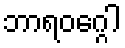
ဘာရဝဂ္ဂေါ